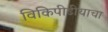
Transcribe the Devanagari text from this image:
विकिपीडीयाचा